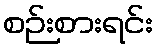
စဉ်းစားရင်း